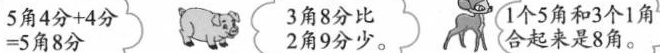
$$ 5 角 4 分 + 4 分 = 5 角 8 分$$ 3角8分比2角9分少。1个5角和3个1角合起来是8角。